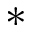
*